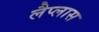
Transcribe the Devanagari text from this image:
लैप्लास